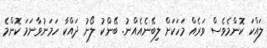
ލައްކަ ކޮންމެވެސް ވަރެއް މަހަކަށް ލިބޭނެއެއްނު. ބޭންކު ލޯނު ދައްކާ ހަމަނުވާނަމަ ކޮންމެ